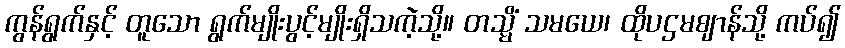
ကွန်ရွက်နှင့် တူသော ရွက်မျိုးပွင့်မျိုးရှိသကဲ့သို့။ တသ္မိံ သမယေ၊ ထိုပဌမဈာန်သို့ ကပ်၍